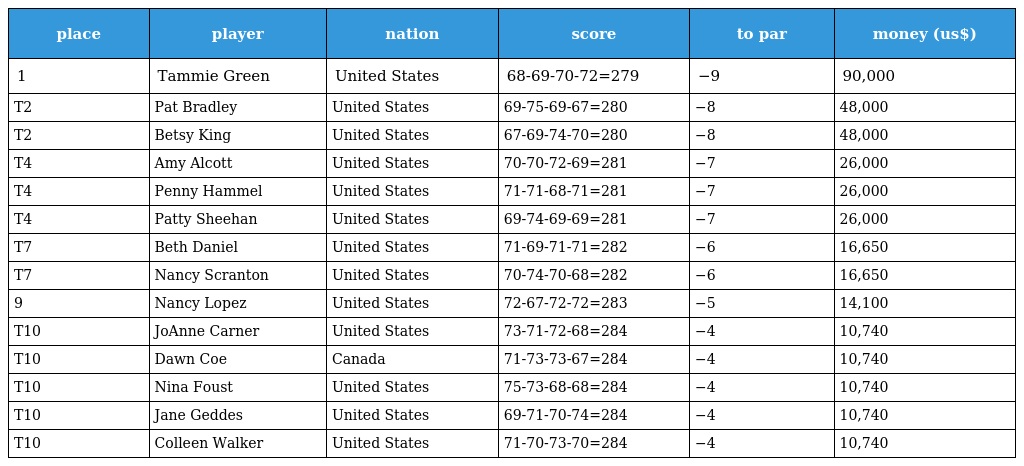
| place | player | nation | score | to par | money (us$) |
 | --- | --- | --- | --- | --- | --- |
 | 1 | Tammie Green | United States | 68-69-70-72=279 | −9 | 90,000 |
 | T2 | Pat Bradley | United States | 69-75-69-67=280 | −8 | 48,000 |
 | T2 | Betsy King | United States | 67-69-74-70=280 | −8 | 48,000 |
 | T4 | Amy Alcott | United States | 70-70-72-69=281 | −7 | 26,000 |
 | T4 | Penny Hammel | United States | 71-71-68-71=281 | −7 | 26,000 |
 | T4 | Patty Sheehan | United States | 69-74-69-69=281 | −7 | 26,000 |
 | T7 | Beth Daniel | United States | 71-69-71-71=282 | −6 | 16,650 |
 | T7 | Nancy Scranton | United States | 70-74-70-68=282 | −6 | 16,650 |
 | 9 | Nancy Lopez | United States | 72-67-72-72=283 | −5 | 14,100 |
 | T10 | JoAnne Carner | United States | 73-71-72-68=284 | −4 | 10,740 |
 | T10 | Dawn Coe | Canada | 71-73-73-67=284 | −4 | 10,740 |
 | T10 | Nina Foust | United States | 75-73-68-68=284 | −4 | 10,740 |
 | T10 | Jane Geddes | United States | 69-71-70-74=284 | −4 | 10,740 |
 | T10 | Colleen Walker | United States | 71-70-73-70=284 | −4 | 10,740 |